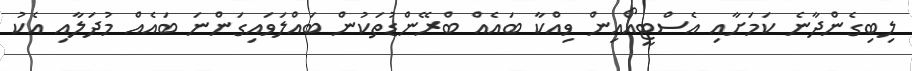
ލިބިގެންދާނެ ކަމަށާއި އެސްޓީއޯއިން ވިއްކާ ބައެއް ބްރޭންޑުތަކުން ބައްލަވައިގަންނަ ބައެއް މުދަލާއި އެކު